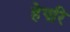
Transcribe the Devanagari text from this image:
हेपरि